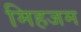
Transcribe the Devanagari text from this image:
मिहजम